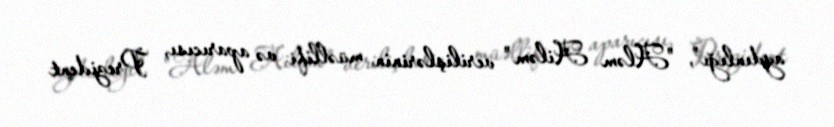
aydınlığı", "Aləm Ailəm" verilişlərinin müəllifi və aparıcısı, Prezident